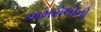
અમરોલીનો